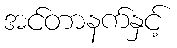
အင်တာနက်နှင့်